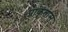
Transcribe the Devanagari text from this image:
प्राकृतास